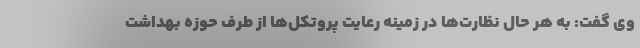
وی گفت: به هر حال نظارت‌ها در زمینه رعایت پروتکل‌ها از طرف حوزه بهداشت